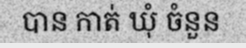
បាន កាត់ ឃុំ ចំនួន